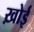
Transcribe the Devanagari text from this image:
ख़ोई